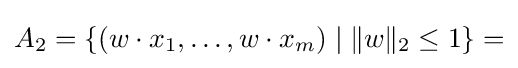
A_{2}=\{(w\cdot x_{1},\ldots ,w\cdot x_{m})\mid \|w\|_{2}\leq 1\}=